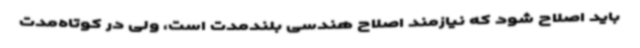
باید اصلاح شود که نیازمند اصلاح هندسی بلندمدت است، ولی در کوتاه‌مدت